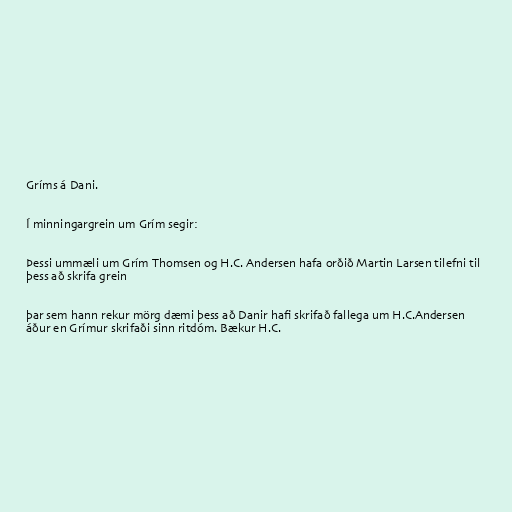
Gríms á Dani.

Í minningargrein um Grím segir:

Þessi ummæli um Grím Thomsen og H.C. Andersen hafa orðið Martin Larsen tilefni til
þess að skrifa grein

þar sem hann rekur mörg dæmi þess að Danir hafi skrifað fallega um H.C.Andersen
áður en Grímur skrifaði sinn ritdóm. Bækur H.C.